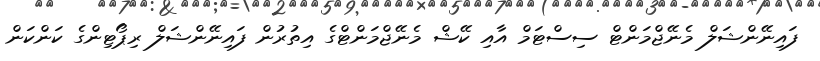
ފައިނޭންޝަލް މެނޭޖްމަންޓް ސިސްޓަމް އާއި ކޭޝް މެނޭޖްމަންޓްގެ އިތުރުން ފައިނޭންޝަލް ރިޕޯޓިންގެ ކަންކަން